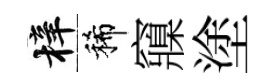
梓稀䆿塗